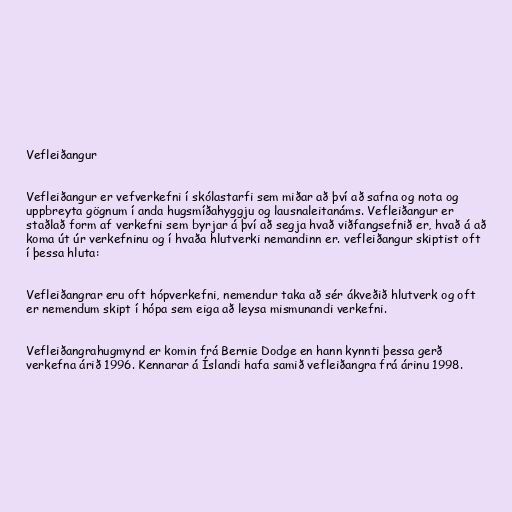
Vefleiðangur

Vefleiðangur er vefverkefni í skólastarfi sem miðar að því að safna og nota og
uppbreyta gögnum í anda hugsmíðahyggju og lausnaleitanáms. Vefleiðangur er
staðlað form af verkefni sem byrjar á því að segja hvað viðfangsefnið er, hvað á að
koma út úr verkefninu og í hvaða hlutverki nemandinn er. vefleiðangur skiptist oft
í þessa hluta:

Vefleiðangrar eru oft hópverkefni, nemendur taka að sér ákveðið hlutverk og oft
er nemendum skipt í hópa sem eiga að leysa mismunandi verkefni.

Vefleiðangrahugmynd er komin frá Bernie Dodge en hann kynnti þessa gerð
verkefna árið 1996. Kennarar á Íslandi hafa samið vefleiðangra frá árinu 1998.